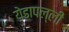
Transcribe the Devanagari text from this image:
येडापल्ली